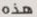
هذه